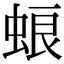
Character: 蜋